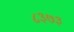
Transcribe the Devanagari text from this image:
८३७३